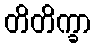
တိတိက္ခာ